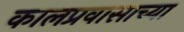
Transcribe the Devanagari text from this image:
कालप्रवासाच्या